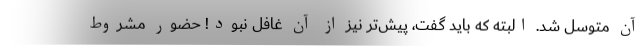
آن متوسل شد. البته که باید گفت، پیش‌تر نیز از آن غافل نبود! حضور مشروط